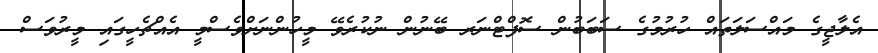
އެލާޖީގެ މައްސަލަތައް ހުރުމުގެ ސަބަބުން ސޮފްޓްނަރ ބޭނުން ނުކުރެވޭ މީހުންނަށްވެސްމީ އެއްޗެހީގައި މީރުވަސް